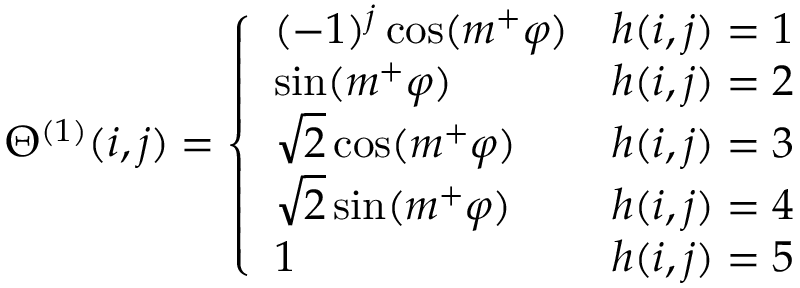
\Theta ^ { ( 1 ) } ( i , j ) = \left\{ \begin{array} { l l } { ( - 1 ) ^ { j } \cos ( m ^ { + } \varphi ) } & { h ( i , j ) = 1 } \\ { \sin ( m ^ { + } \varphi ) } & { h ( i , j ) = 2 } \\ { \sqrt { 2 } \cos ( m ^ { + } \varphi ) } & { h ( i , j ) = 3 } \\ { \sqrt { 2 } \sin ( m ^ { + } \varphi ) } & { h ( i , j ) = 4 } \\ { 1 } & { h ( i , j ) = 5 } \end{array} \right.